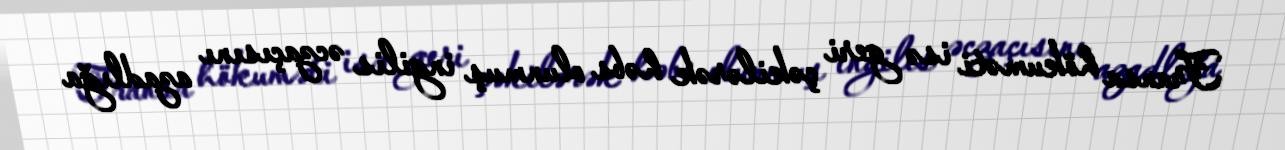
Fransa hökuməti isə geri çəkilərək həbs olunmuş ingilis əczaçısını azadlığa